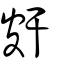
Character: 皯